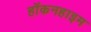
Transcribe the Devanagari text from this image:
हॉकनहाइम